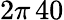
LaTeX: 2\pi\, 40